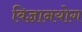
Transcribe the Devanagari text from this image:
विज्ञानयोग